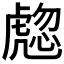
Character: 𧇰